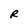
Character: R